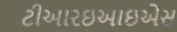
ટીઆરઇઆઇએસ